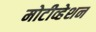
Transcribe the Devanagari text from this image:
मोटीव्हेशन